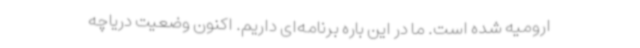
ارومیه شده است. ما در این باره برنامه‌ای داریم. اکنون وضعیت دریاچه